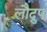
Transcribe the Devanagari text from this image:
लौद्रुप्